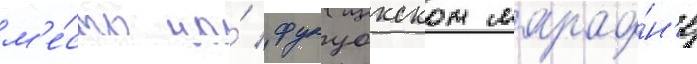
м'е́сто на́ фукуокском марафо́н'е